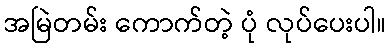
အမြဲတမ်း ကောက်တဲ့ ပုံ လုပ်ပေးပါ။